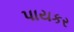
પાયકર